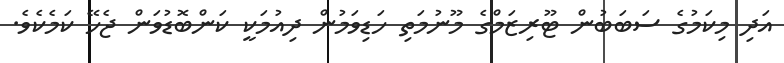
އަދި މިކަމުގެ ސަބަބުން ޓޫރިޒަމްގެ މޫނުމަތި ހަޑިވަމުން ދިއުމަކީ ކަންބޮޑުވަން ޖެހޭ ކަމެކެވެ.